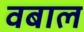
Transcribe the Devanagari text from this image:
वबाल